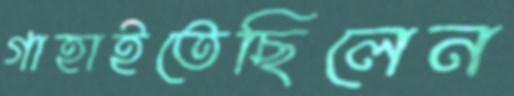
গাহাইতেছিলেন